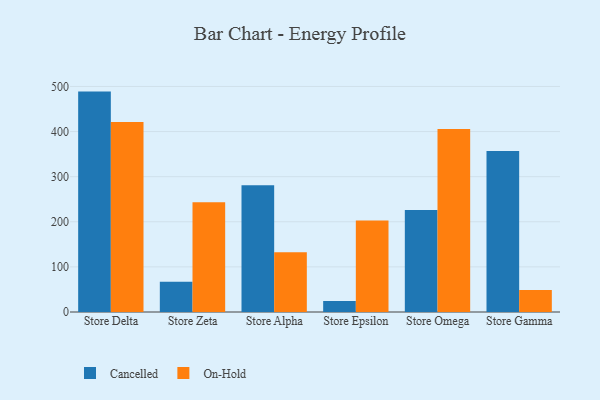
{"axis": {"x": "Store", "y": "Revenue (USD Million)"}, "legend": ["Cancelled", "On-Hold"], "data": [{"x": "Store Delta", "y": 488.6, "type": "Cancelled"}, {"x": "Store Delta", "y": 421.0, "type": "On-Hold"}, {"x": "Store Zeta", "y": 67.3, "type": "Cancelled"}, {"x": "Store Zeta", "y": 243.3, "type": "On-Hold"}, {"x": "Store Alpha", "y": 281.2, "type": "Cancelled"}, {"x": "Store Alpha", "y": 132.3, "type": "On-Hold"}, {"x": "Store Epsilon", "y": 24.3, "type": "Cancelled"}, {"x": "Store Epsilon", "y": 202.9, "type": "On-Hold"}, {"x": "Store Omega", "y": 226.0, "type": "Cancelled"}, {"x": "Store Omega", "y": 405.6, "type": "On-Hold"}, {"x": "Store Gamma", "y": 356.7, "type": "Cancelled"}, {"x": "Store Gamma", "y": 48.5, "type": "On-Hold"}]}